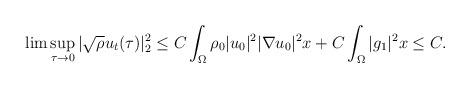
LaTeX: \begin{align*}\lim \sup_{\tau\rightarrow 0}|\sqrt{\rho}u_t(\tau)|^2_2 \leq C\int_{\Omega} \rho_0 |u_0|^2|\nabla u_0|^2x+C\int_{\Omega} |g_1|^2x\leq C.\end{align*}